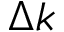
\Delta k